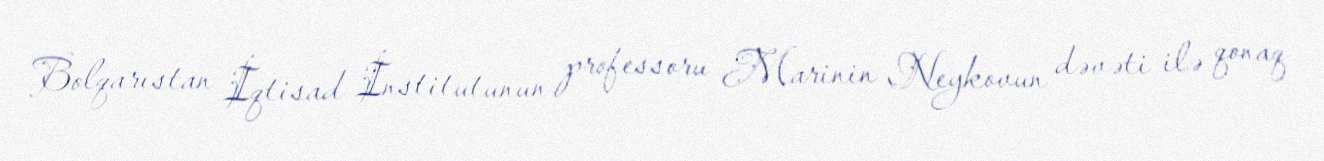
Bolqarıstan İqtisad İnstitutunun professoru Marinin Neykovun dəvəti ilə qonaq